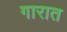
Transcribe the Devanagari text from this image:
गारात